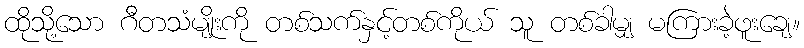
ထိုသို့သော ဂီတသံမျိုးကို တစ်သက်နှင့်တစ်ကိုယ် သူ တစ်ခါမျှ မကြားခဲ့ဖူးချေ။